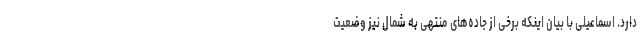
دارد. اسماعیلی با بیان اینکه برخی از جاده‌های منتهی به شمال نیز وضعیت